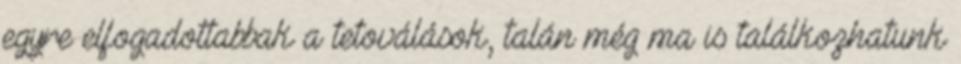
egyre elfogadottabbak a tetoválások, talán még ma is találkozhatunk